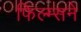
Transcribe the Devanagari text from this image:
फिल्म्सने